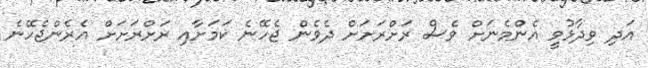
އަދި ވިދާޅުވީ އެންމެނަށް ވެސް ރަށްރަށަށް ދެވެން ޖެހޭނެ ކަމަށާއި ރަށްރަށަށް އެރެންޖެހޭނެ